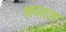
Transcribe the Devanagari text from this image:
शब्दश्